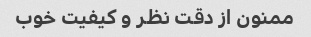
ممنون از دقت نظر و کیفیت خوب